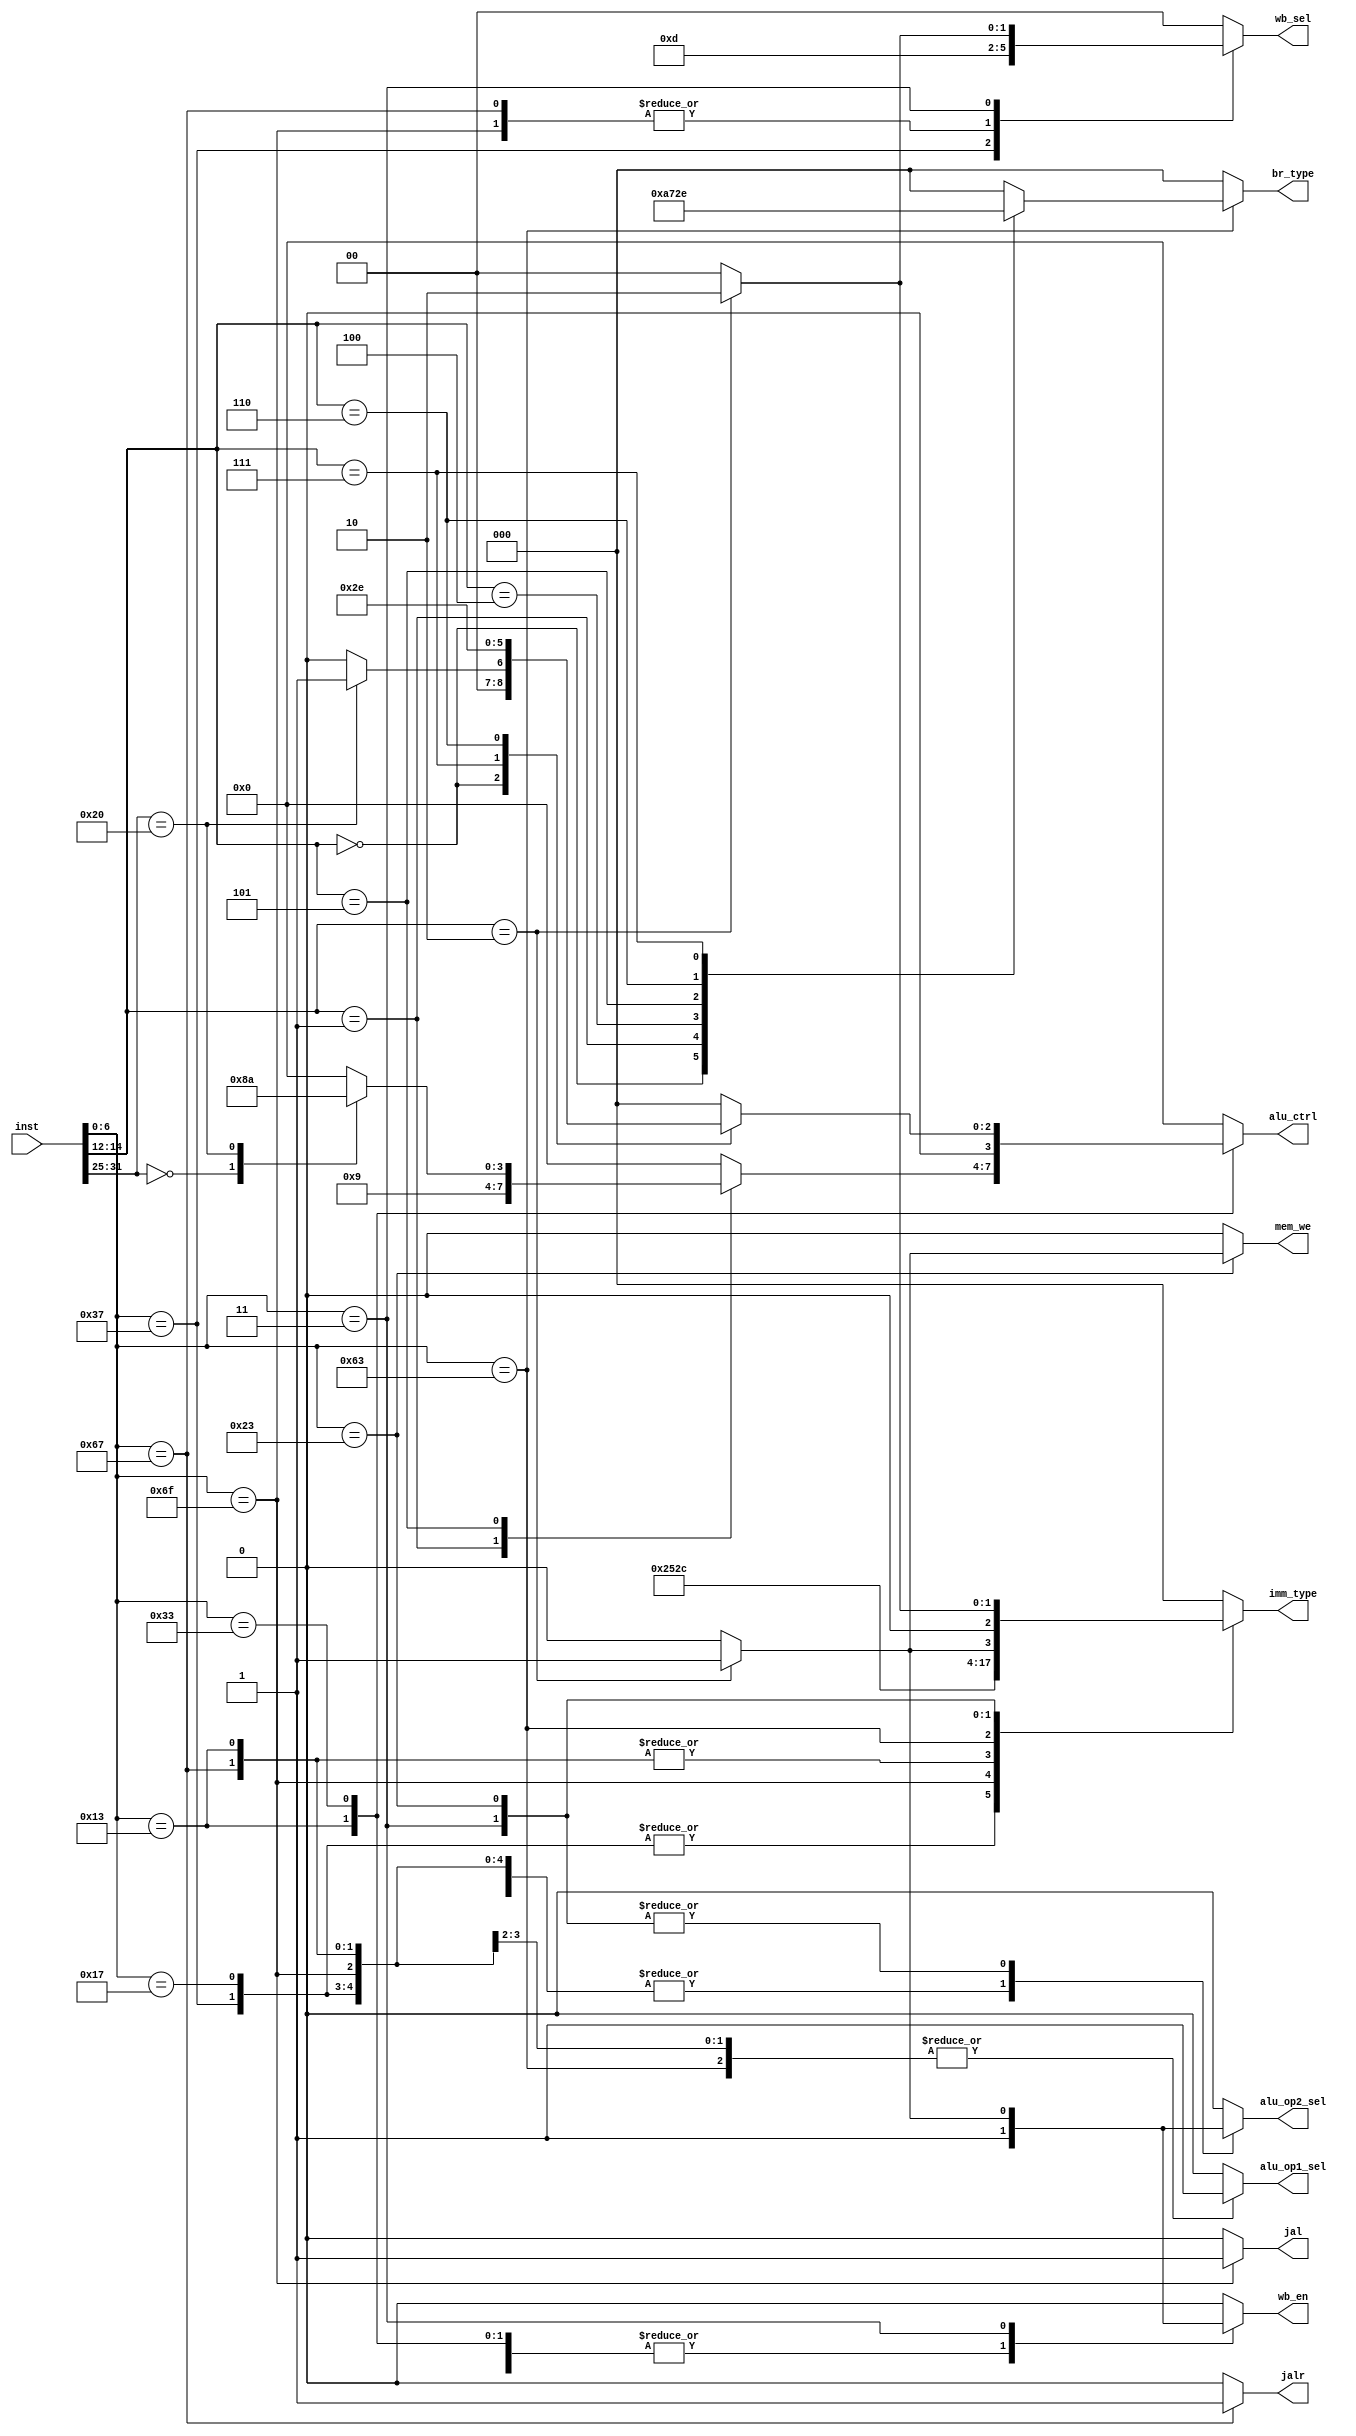
module CTRL (
    input [31:0] inst,
    output reg jal,
    output reg jalr,
    output reg [2:0] br_type,
    output reg wb_en,
    output reg [1:0] wb_sel,
    output reg alu_op1_sel,
    output reg alu_op2_sel,
    output reg [3:0] alu_ctrl,
    output reg mem_we,
    output reg [2:0] imm_type
);
    always @(*) begin
        jal=0; jalr=0; br_type=0; wb_en=0;
        wb_sel=0; alu_op1_sel=0; alu_op2_sel=0;
        alu_ctrl=0; mem_we=0; imm_type=0;
        case (inst[6:0])
            7'b0010011:begin
                alu_op1_sel=0;
                alu_op2_sel=1;
                imm_type=1;
                wb_sel=0;
                wb_en=1;
                case (inst[14:12])
                    3'b111: alu_ctrl=4'b0000;   //addi
                    3'b001: alu_ctrl=4'b1001;   //slli
                    3'b101:begin
                        case (inst[31:25])
                            7'b0000000: alu_ctrl=4'b1000;   //srli
                            7'b0100000: alu_ctrl=4'b1010;   //srai
                        endcase
                    end    
                endcase
            end
            7'b0110011:begin
                alu_op1_sel=0;
                alu_op2_sel=0;
                wb_sel=0;
                wb_en=1;
                case (inst[14:12])
                    3'b000:begin
                        case (inst[31:25])
                            7'b0000000: alu_ctrl=4'b0000;   //add
                            7'b0100000: alu_ctrl=4'b0001;   //sub
                        endcase
                    end
                    3'b111: alu_ctrl=4'b0101;   //and
                    3'b110: alu_ctrl=4'b0110;   //or
                endcase
            end
            7'b0110111:begin
                alu_op2_sel=1;
                imm_type=4;
                wb_sel=3;
                wb_en=1;
                alu_ctrl=4'b0000;   //lui
            end
            7'b0010111:begin
                alu_op1_sel=1;
                alu_op2_sel=1;
                imm_type=4;
                wb_sel=0;
                wb_en=1;
                alu_ctrl=4'b0000;   //auipc
            end
            7'b1101111:begin
                jal=1;
                alu_op1_sel=1;
                alu_op2_sel=1;
                imm_type=5;
                wb_sel=1;
                wb_en=1;
                alu_ctrl=4'b0000;   //jal
            end
            7'b1100111:begin
                jalr=1;
                alu_op1_sel=0;
                alu_op2_sel=1;
                imm_type=1;
                wb_sel=1;
                wb_en=1;
                alu_ctrl=4'b0000;   //jalr
            end
            7'b1100011:begin
                alu_op1_sel=1;
                alu_op2_sel=1;
                imm_type=3;
                alu_ctrl=4'b0000;
                case (inst[14:12])
                    3'b000: br_type=1;  //beq
                    3'b001: br_type=2;  //bne
                    3'b100: br_type=3;  //blt
                    3'b101: br_type=4;  //bge
                    3'b110: br_type=5;  //bltu
                    3'b111: br_type=6;  //bgeu
                endcase
            end
            7'b0000011:begin
                case (inst[14:12])
                    3'b010:begin
                        alu_op1_sel=0;
                        alu_op2_sel=1;
                        imm_type=1;
                        alu_ctrl=4'b0000;
                        wb_sel=2;
                        wb_en=1;        //lw
                    end
                endcase
            end
            7'b0100011:begin
                case (inst[14:12])
                    3'b010:begin
                        alu_op1_sel=0;
                        alu_op2_sel=1;
                        imm_type=2;
                        alu_ctrl=4'b0000;
                        mem_we=1;       //sw
                    end
                endcase
            end
        endcase
    end
endmodule